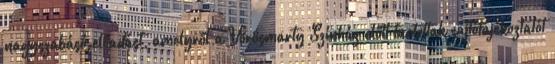
nagyszabású előadást, amelyről a Vörösmarty Színház előtt tartottak sajtótájékoztatót